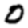
Digit: 0